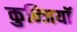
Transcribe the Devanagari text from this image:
कुन्जियाॅ